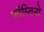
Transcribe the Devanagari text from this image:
फॉस्तिनो